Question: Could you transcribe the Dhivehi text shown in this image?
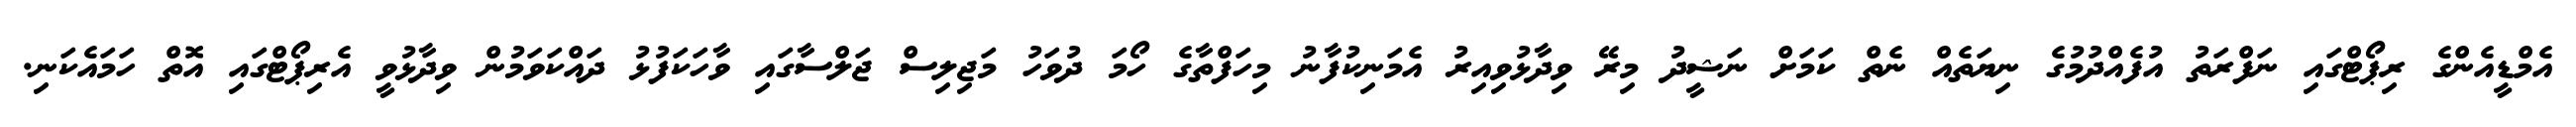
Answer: އެމްޑީއެންގެ ރިޕޯޓްގައި ނަފްރަތު އުފެއްދުމުގެ ނިޔަތެއް ނެތް ކަމަށް ނަޝީދު މިރޭ ވިދާޅުވިއިރު އެމަނިކުފާނު މިހަފްތާގެ ހޯމަ ދުވަހު މަޖިލިސް ޖަލްސާގައި ވާހަކަފުޅު ދައްކަވަމުން ވިދާޅުވީ އެރިޕޯޓްގައި އޮތް ހަމައެކަނި.